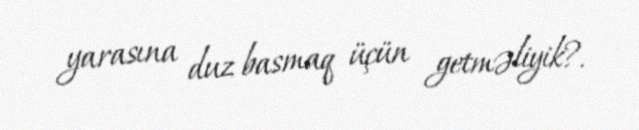
yarasına duz basmaq üçün getməliyik?.